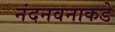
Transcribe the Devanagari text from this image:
नंदनवनाकडे